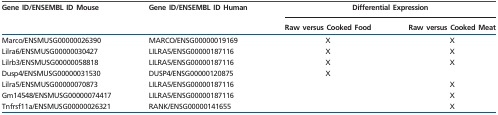
<table><thead><tr><td rowspan="2"><b>Gene ID/ENSEMBL ID Mouse</b></td><td rowspan="2"><b>Gene ID/ENSEMBL ID Human</b></td><td colspan="2"><b>Differential Expression</b></td></tr><tr><td><b>Raw versus Cooked Food</b></td><td><b>Raw versus Cooked Meat</b></td></tr></thead><tbody><tr><td>Marco/ENSMUSG00000026390</td><td>MARCO/ENSG00000019169</td><td>X</td><td>X</td></tr><tr><td>Lilra6/ENSMUSG00000030427</td><td>LILRA5/ENSG00000187116</td><td>X</td><td>X</td></tr><tr><td>Lilrb3/ENSMUSG00000058818</td><td>LILRA5/ENSG00000187116</td><td>X</td><td>X</td></tr><tr><td>Dusp4/ENSMUSG00000031530</td><td>DUSP4/ENSG00000120875</td><td>X</td><td></td></tr><tr><td>Lilra5/ENSMUSG00000070873</td><td>LILRA5/ENSG00000187116</td><td></td><td>X</td></tr><tr><td>Gm14548/ENSMUSG00000074417</td><td>LILRA5/ENSG00000187116</td><td></td><td>X</td></tr><tr><td>Tnfrsf11a/ENSMUSG00000026321</td><td>RANK/ENSG00000141655</td><td></td><td>X</td></tr></tbody></table>